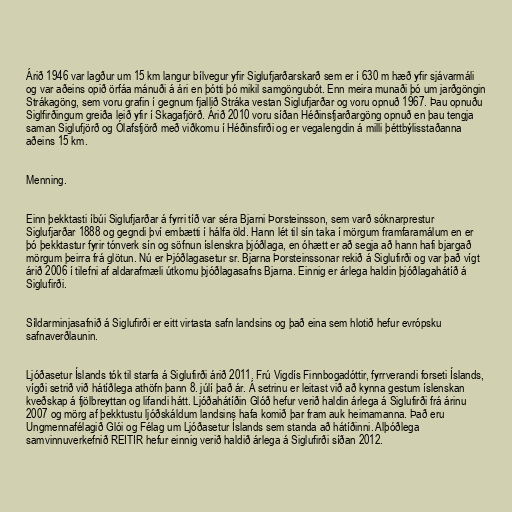
Árið 1946 var lagður um 15 km langur bílvegur yfir Siglufjarðarskarð sem er í 630 m hæð yfir sjávarmáli
og var aðeins opið örfáa mánuði á ári en þótti þó mikil samgöngubót. Enn meira munaði þó um jarðgöngin
Strákagöng, sem voru grafin í gegnum fjallið Stráka vestan Siglufjarðar og voru opnuð 1967. Þau opnuðu
Siglfirðingum greiða leið yfir í Skagafjörð. Árið 2010 voru síðan Héðinsfjarðargöng opnuð en þau tengja
saman Siglufjörð og Ólafsfjörð með viðkomu í Héðinsfirði og er vegalengdin á milli þéttbýlisstaðanna
aðeins 15 km.

Menning.

Einn þekktasti íbúi Siglufjarðar á fyrri tíð var séra Bjarni Þorsteinsson, sem varð sóknarprestur
Siglufjarðar 1888 og gegndi því embætti í hálfa öld. Hann lét til sín taka í mörgum framfaramálum en er
þó þekktastur fyrir tónverk sín og söfnun íslenskra þjóðlaga, en óhætt er að segja að hann hafi bjargað
mörgum þeirra frá glötun. Nú er Þjóðlagasetur sr. Bjarna Þorsteinssonar rekið á Siglufirði og var það vígt
árið 2006 í tilefni af aldarafmæli útkomu þjóðlagasafns Bjarna. Einnig er árlega haldin þjóðlagahátíð á
Siglufirði.

Síldarminjasafnið á Siglufirði er eitt virtasta safn landsins og það eina sem hlotið hefur evrópsku
safnaverðlaunin.

Ljóðasetur Íslands tók til starfa á Siglufirði árið 2011. Frú Vigdís Finnbogadóttir, fyrrverandi forseti Íslands,
vígði setrið við hátíðlega athöfn þann 8. júlí það ár. Á setrinu er leitast við að kynna gestum íslenskan
kveðskap á fjölbreyttan og lifandi hátt. Ljóðahátíðin Glóð hefur verið haldin árlega á Siglufirði frá árinu
2007 og mörg af þekktustu ljóðskáldum landsins hafa komið þar fram auk heimamanna. Það eru
Ungmennafélagið Glói og Félag um Ljóðasetur Íslands sem standa að hátíðinni. Alþóðlega
samvinnuverkefnið REITIR hefur einnig verið haldið árlega á Siglufirði síðan 2012.